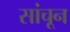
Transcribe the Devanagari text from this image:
सांचून